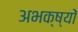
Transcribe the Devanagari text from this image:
अभक्ष्यों